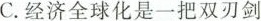
C.经济全球化是一把双刃剑